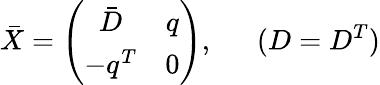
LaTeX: \bar{X}=\left(\begin{array}{cc}{{\bar{D}}}&{{q}}\\ {{-q^{T}}}&{{0}}\end{array}\right),~~~~~~(D=D^{T})